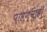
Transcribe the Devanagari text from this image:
पाहण्याही